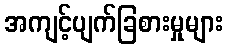
အကျင့်ပျက်ခြစားမှုများ